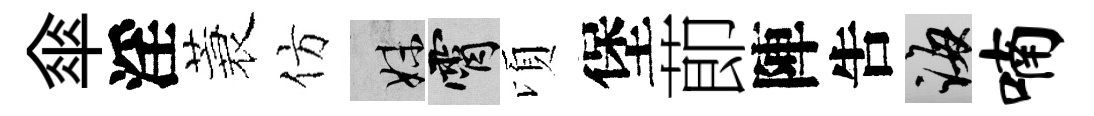
傘淫蓑仿妹霄頃堡莭陣吿誨喃